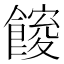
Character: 𮩋